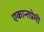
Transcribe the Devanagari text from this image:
एकान्तप्रेमी